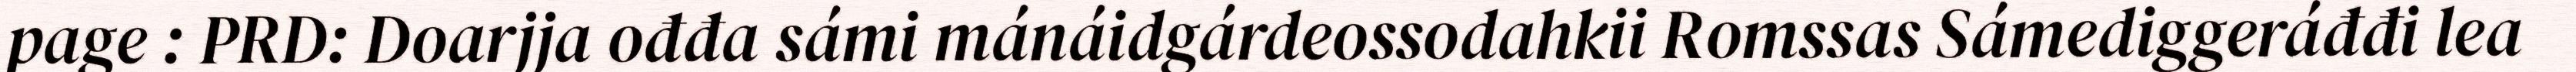
page : PRD: Doarjja ođđa sámi mánáidgárdeossodahkii Romssas Sámediggeráđđi lea